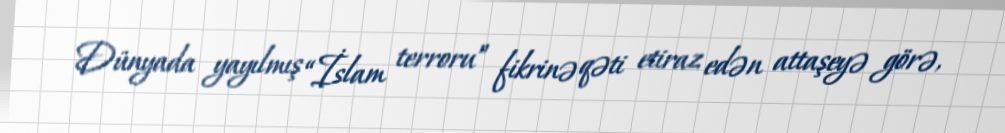
Dünyada yayılmış “İslam terroru” fikrinə qəti etiraz edən attaşeyə görə,